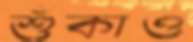
শুঁকাও